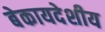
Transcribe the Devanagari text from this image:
बेकायदेशीय